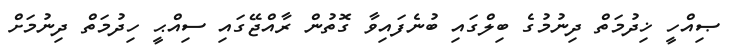
ޞިއްހީ ޚިދުމަތް ދިނުމުގެ ބިލްގައި ބުނެފައިވާ ގޮތުން ރާއްޖޭގައި ސިއްޙީ ހިދުމަތް ދިނުމަށް